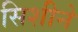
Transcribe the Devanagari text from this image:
सिशीने